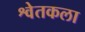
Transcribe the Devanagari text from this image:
श्वेतकला